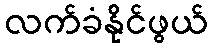
လက်ခံနိုင်ဖွယ်